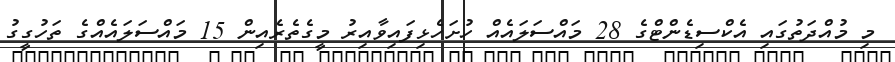
މި މުއްދަތުގައި އެކްސިޑެންޓްގެ 28 މައްސަލައެއް ހުށަހެޅިފައިވާއިރު މީގެތެރެއިން 15 މައްސަލައެއްގެ ތަހުގީގު